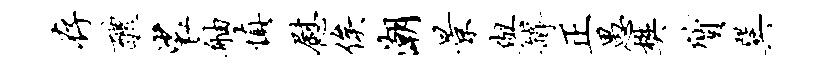
存醴裟舳慎慰俟潮景与罅正愚樊质巽